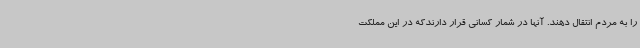
را به مردم انتقال دهند. آنها در شمار کسانی قرار دارندکه در این مملکت